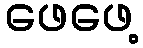
ဖေဖေ့